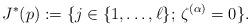
LaTeX: \begin{align*}J^*(p) := \{j \in \{1,\dots,\ell\};\,\zeta^{(\alpha)} = 0 \}.\end{align*}